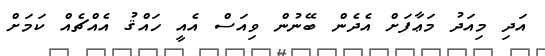
އަދި މިއަދު މަޢާފަށް އެދެން ބޭނުން ވިއަސް އެއީ ހައްޤު އެއްޗެއް ކަމަށް